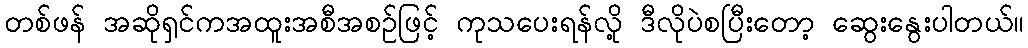
တစ်ဖန် အဆိုရှင်ကအထူးအစီအစဉ်ဖြင့် ကုသပေးရန်လို့ ဒီလိုပဲစပြီးတော့ ဆွေးနွေးပါတယ်။